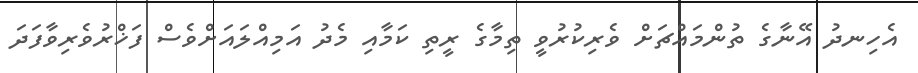
އެހިނދު އޭނާގެ ތުންމައްޗަށް ވެރިކުރުވީ ތިމާގެ ރީތި ކަމާއި މެދު އަމިއްލައަށްވެސް ފަޚްރުވެރިވާފަދަ